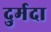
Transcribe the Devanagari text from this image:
दुर्मदा